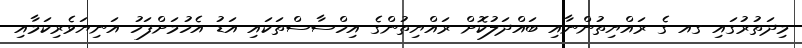
މިދަތުރުގައި ގއ ގެ ރައްޔިތުންނާއި ބައްދަލުކޮށް ރައްޔިތުންގެ އިހްސާސްތަކައި އަޑު އެހުމަށްފަހު އަނިޔަވެރިކަމާއި